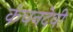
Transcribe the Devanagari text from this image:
कंचनदेवी